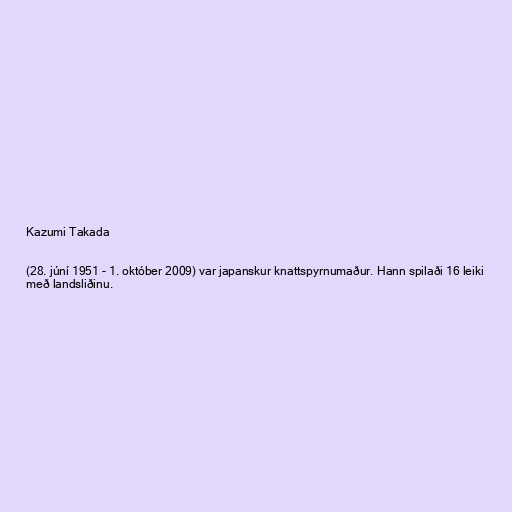
Kazumi Takada

(28. júní 1951 - 1. október 2009) var japanskur knattspyrnumaður. Hann spilaði 16 leiki
með landsliðinu.